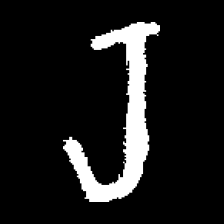
Pyu character \u2014 Myanmar letter: ရ (romanized: ra)